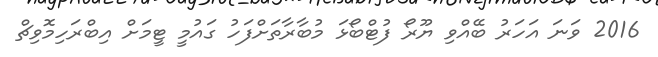
2016 ވަނަ އަހަރު ބޭއްވި ޔޫރޯ ފުޓްބޯޅަ މުބާރާތަށްފަހު ގައުމީ ޓީމަށް އިބްރަހިމޮވިޗް